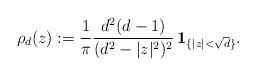
LaTeX: \begin{align*}\rho_d(z):=\frac{1}{\pi}\frac{d^2(d-1)}{(d^2-|z|^2)^2}\,\textbf{1}_{\{|z|<\sqrt{d}\}}.\end{align*}